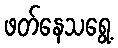
ဖတ်နေသရွေ့